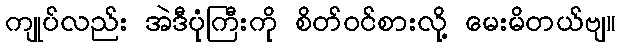
ကျုပ်လည်း အဲဒီပုံကြီးကို စိတ်ဝင်စားလို့ မေးမိတယ်ဗျ။